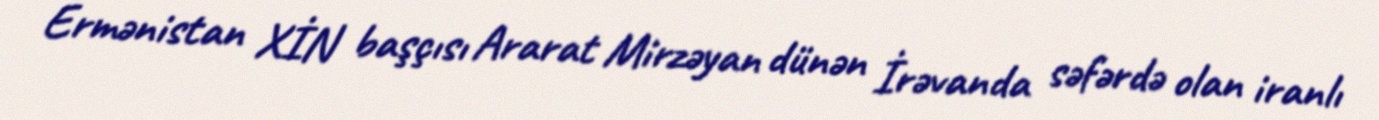
Ermənistan XİN başçısı Ararat Mirzəyan dünən İrəvanda səfərdə olan iranlı